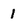
Character: 1